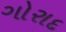
ગોરાદ